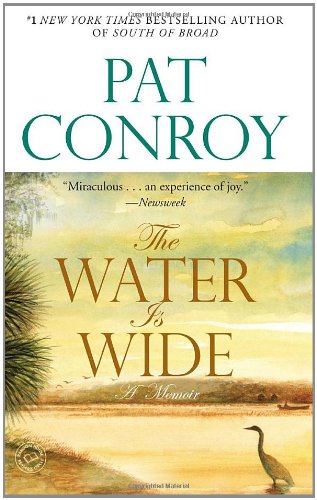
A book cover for The Water Is Wide: A Memoir; Pat Conroy; Biographies & Memoirs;